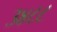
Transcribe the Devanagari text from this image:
३४८८